Annual report of the Punjab Veterinary College and of the Civil Veterinary Department, Punjab - 1909-1919
Year: 1909
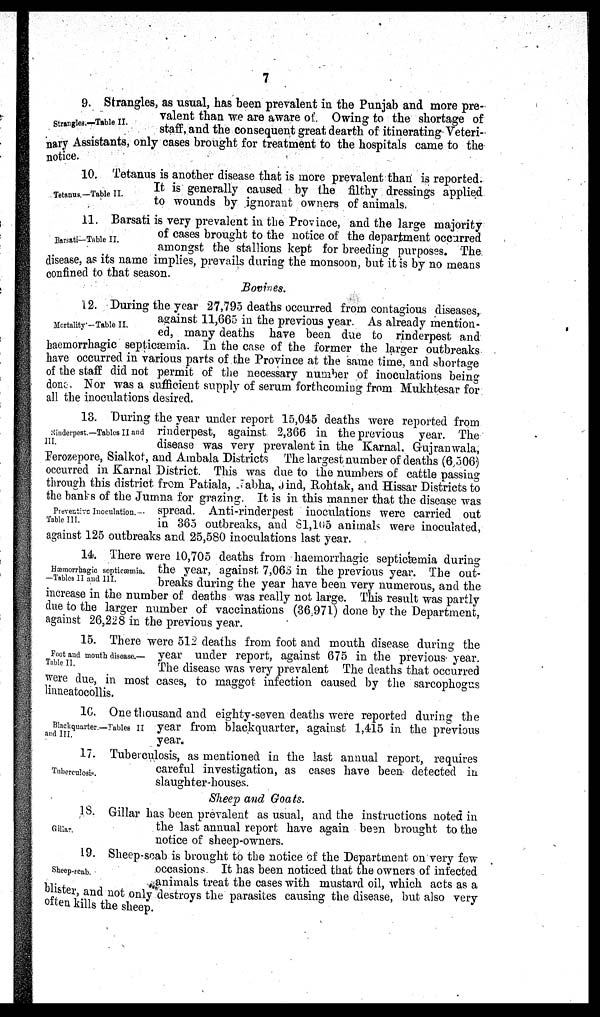
Strangles.—Table II.
9. Strangles, as usual, has been prevalent in the Punjab and more pre-
valent than we are aware of. Owing to the shortage of
staff, and the consequent great dearth of itinerating Veteri-
nary Assistants, only cases brought for treatment to the hospitals came to the
notice.
Tetanus.—Table II.
10. Tetanus is another disease that is more prevalent than is reported.
It is generally caused by the filthy dressings applied
to wounds by ignorant owners of animals.
Barsati—Table II.
11. Barsati is very prevalent in the Province, and the large majority
of cases brought to the notice of the department occurred
amongst the stallions kept for breeding purposes. The
disease, as its name implies, prevails during the monsoon, but it is by no means
confined to that season.
Bovines.
Mortality-Table II.
12. During the year 27,795 deaths occurred from contagious diseases,
against 11,665 in the previous year. As already mention-
ed, many deaths have been due to rinderpest and
haemorrhagic septicæmia. In the case of the former the larger outbreaks
have occurred in various parts of the Province at the same time, and shortage
of the staff did not permit of the necessary number of inoculations being
done. Nor was a sufficient supply of serum forthcoming from Mukhtesar for
all the inoculations desired.
Rinderpest.—Tables II and
III.
13. During the year under report 15,045 deaths were reported from
rinderpest, against 2,366 in the previous year. The
disease was very prevalent in the Karnal, Gujranwala,
Ferozepore, Sialkot, and Ambala Districts The largest number of deaths (6,306)
occurred in Karnal District. This was due to the numbers of cattle passing
through this district from Patiala, Jabha, Jind, Rohtak, and Hissar Districts to
the banks of the Jumna for grazing. It is in this manner that the disease was
spread. Anti-rinderpest inoculations were carried out
in 365 outbreaks, and 8l,105 animals were inoculated,
against 125 outbreaks and 25,580 inoculations last year.
Preventive Inoculation.—
Table III.
Hæmorrhagic septicæmia.
—Tables II and III.
14. There were 10,705 deaths from haemorrhagic septicæmia during
the year, against 7,065 in the previous year. The out-
breaks during the year have been very numerous, and the
increase in the number of deaths was really not large. This result was partly
due to the larger number of vaccinations (36,971) done by the Department,
against 26,228 in the previous year.
Foot and mouth disease.—
Table II.
15. There were 512 deaths from foot and mouth disease during the
year under report, against 675 in the previous year.
The disease was very prevalent The deaths that occurred
were due, in most cases, to maggot infection caused by the sarcophogus
linneatocollis.
Blackquarter.—Tables II
and III.
1C. One thousand and eighty-seven deaths were reported during the
year from blackquarter, against 1,415 in the previous
year.
Tuberculosis.
17. Tuberculosis, as mentioned in the last annual report, requires
careful investigation, as cases have been detected in
slaughter-houses.
Sheep and Goats.
Gillar.
18. Gillar has been prevalent as usual, and the instructions noted in
the last annual report have again been brought to the
notice of sheep-owners.
Sheep.scab.
19. Sheep-scab is brought to the notice of the Department on very few
occasions. It has been noticed that the owners of infected
animals treat the cases with mustard oil, which acts as a
blister, and not only destroys the parasites causing the disease, but also very
often kills the sheep.